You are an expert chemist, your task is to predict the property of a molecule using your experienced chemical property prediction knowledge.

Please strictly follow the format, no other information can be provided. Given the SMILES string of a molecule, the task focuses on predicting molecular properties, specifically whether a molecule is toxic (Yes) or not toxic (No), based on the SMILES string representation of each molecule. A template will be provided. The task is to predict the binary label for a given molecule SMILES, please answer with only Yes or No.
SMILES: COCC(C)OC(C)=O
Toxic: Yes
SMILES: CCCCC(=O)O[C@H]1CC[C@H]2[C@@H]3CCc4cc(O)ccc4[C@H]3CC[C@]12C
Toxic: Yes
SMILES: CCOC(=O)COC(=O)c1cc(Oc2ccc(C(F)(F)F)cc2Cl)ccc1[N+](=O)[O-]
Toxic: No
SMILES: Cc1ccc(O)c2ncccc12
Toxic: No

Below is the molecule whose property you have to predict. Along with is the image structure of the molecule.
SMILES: FC(F)(F)c1ccc(Cl)cc1Cl
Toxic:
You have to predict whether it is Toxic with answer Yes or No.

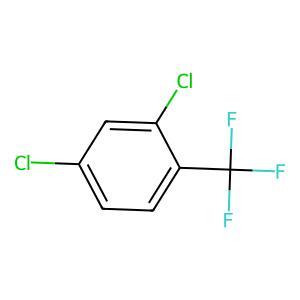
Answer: No